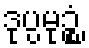
ဒုပ္ပမုဉ္စံ